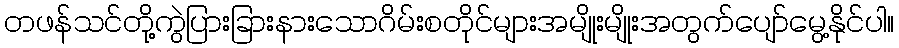
တဖန်သင်တို့ကွဲပြားခြားနားသောဂိမ်းစတိုင်များအမျိုးမျိုးအတွက်ပျော်မွေ့နိုင်ပါ။